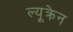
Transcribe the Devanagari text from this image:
ल्यूक्रेन